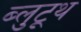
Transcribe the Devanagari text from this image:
ब्लुटूथ